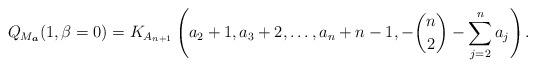
LaTeX: \begin{gather*}Q_{M_{\boldsymbol{a}}}(1,\beta=0)= K_{A_{n+1}}\left(a_{2}+1,a_{3}+2,\ldots,a_{n}+n-1,- {n \choose 2} - \sum_{j=2}^{n} a_j\right) .\end{gather*}